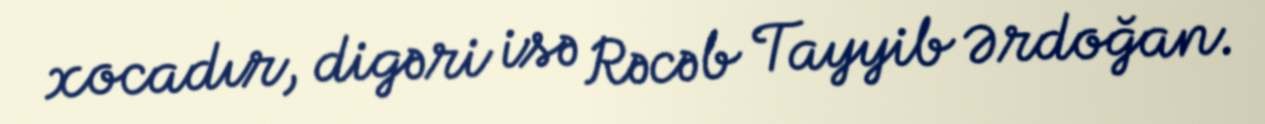
xocadır, digəri isə Rəcəb Tayyib Ərdoğan.